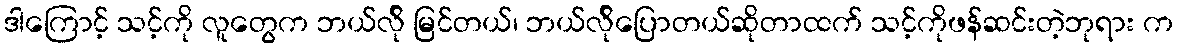
ဒါကြောင့် သင့်ကို လူတွေက ဘယ်လ်ို မြင်တယ်၊ ဘယ်လ်ိုပြောတယ်ဆိုတာထက် သင့်ကိုဖန်ဆင်းတဲ့ဘုရား က